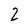
Character: 2